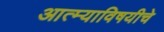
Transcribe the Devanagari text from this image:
आत्म्याविषयीचे